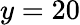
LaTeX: y=20